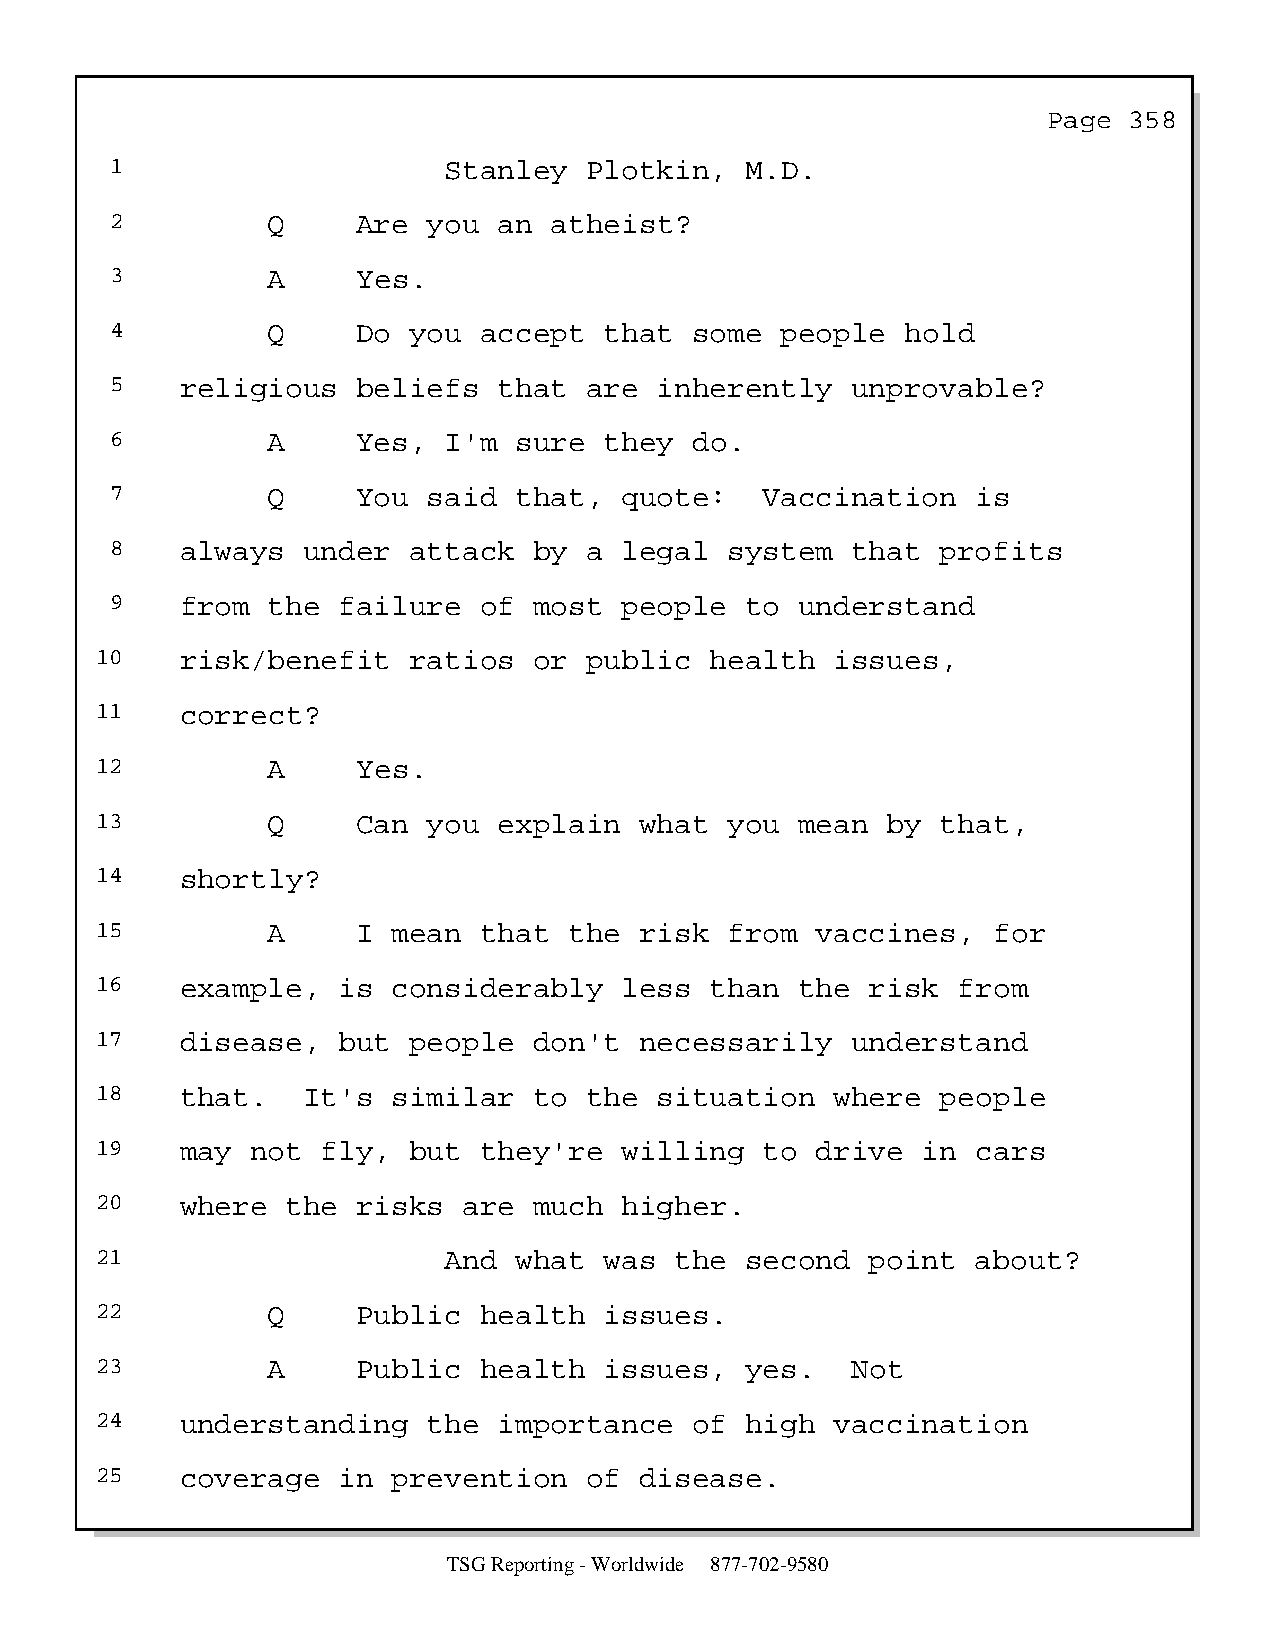
Page  358
 1                     Stanley   Plotkin,  M.D.
 2          Q     Are you  an atheist?
 3          A     Yes.
 4          Q     Do you  accept  that  some  people  hold
 5    religious   beliefs  that  are  inherently  unprovable?
 6          A     Yes, I'm  sure  they  do.
 7          Q     You said  that,  quote:    Vaccination   is
 8    always  under  attack  by  a legal  system  that  profits
 9    from  the failure   of most  people  to  understand
 10    risk/benefit   ratios  or  public  health  issues,
 11    correct?
 12          A     Yes.
 13          Q     Can you  explain  what  you  mean  by that,
 14    shortly?
 15          A     I mean  that  the risk  from  vaccines,   for
 16    example,  is  considerably   less  than  the  risk from
 17    disease,  but  people  don't  necessarily   understand
 18    that.   It's  similar  to  the  situation  where  people
 19    may  not fly,  but  they're  willing   to drive  in  cars
 20    where  the  risks  are much  higher.
 21                     And  what  was  the second   point  about?
 22          Q     Public  health  issues.
 23          A     Public  health  issues,  yes.   Not
 24    understanding   the  importance   of high  vaccination
 25    coverage  in  prevention   of disease.
 TSG Reporting - Worldwide 877-702-9580